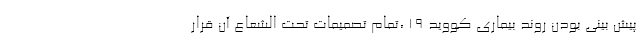
پیش­ بینی بودن روند بیماری کووید ۱۹ ،تمام تصمیمات تحت­ الشعاع آن قرار